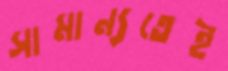
সামান্যতেই